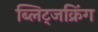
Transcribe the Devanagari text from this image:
ब्लिट्जक्रिंग